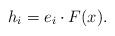
LaTeX: \begin{align*}h_{i}=e_{i}\cdot F(x).\end{align*}